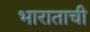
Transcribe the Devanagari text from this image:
भाराताची